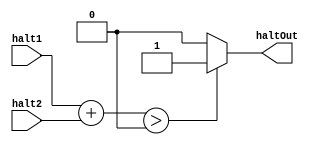
module Halt(
    halt1,
    halt2,
    haltOut
);

input wire halt1;
input wire halt2;

output wire haltOut;

reg [1:0] haltTotal;

initial begin
    haltTotal <= 2'b0;
end

always @(*) begin
    haltTotal = halt1 + halt2;
end

assign haltOut = (haltTotal > 2'b0) ? 1'b1 : 1'b0;

endmodule